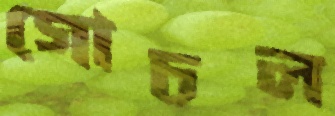
গোচল